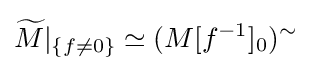
{\widetilde {M}}|_{\{f\neq 0\}}\simeq (M[f^{-1}]_{0})^{\sim }